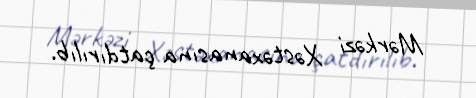
Mərkəzi Xəstəxanasına çatdırılıb.